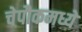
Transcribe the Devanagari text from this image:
चेपौकमध्ये